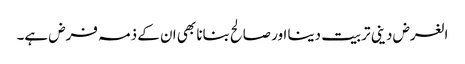
الغرض دینی تربیت دینا اور صالح بنانا بھی ان کے ذمہ فرض ہے۔